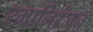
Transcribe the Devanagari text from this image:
रमानिरंजन